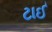
ટાઈ